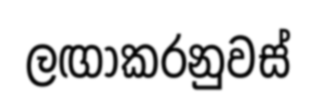
ලඟාකරනුවස්